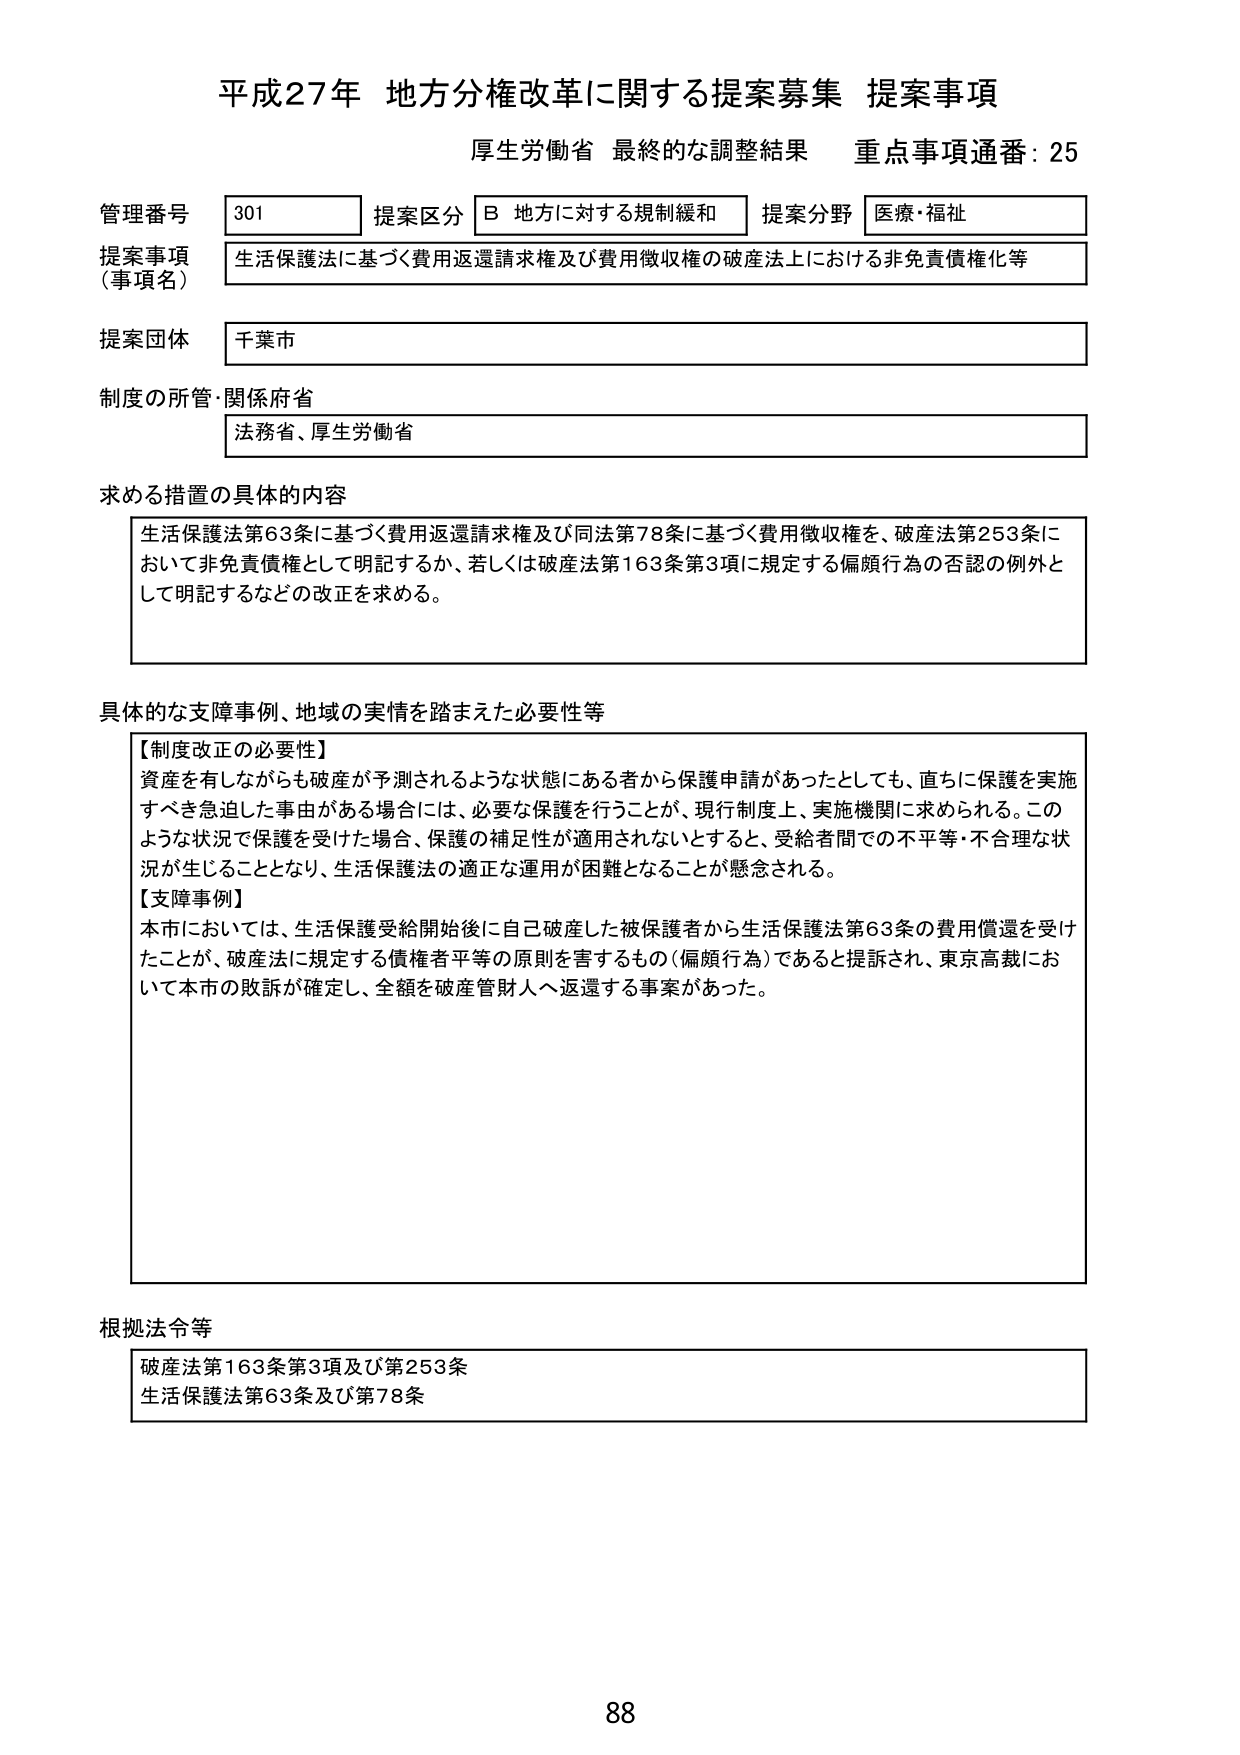
平成27年 地方分権改革に関する提案募集 提案事項
厚生労働省 最終的な調整結果 重点事項通番: 25

管理番号 301 提案区分 B 地方に対する規制緩和 提案分野 医療・福祉
提案事項（事項名） 生活保護法に基づく費用返還請求権及び費用徴収権の破産法上における非免責債権化等
提案団体 千葉市
制度の所管・関係府省 法務省、厚生労働省

求める措置の具体的内容
生活保護法第63条に基づく費用返還請求権及び同法第78条に基づく費用徴収権を、破産法第253条において非免責債権として明記するか、若しくは破産法第163条第3項に規定する偏頗行為の否認の例外として明記するなどの改正を求める。

具体的な支障事例、地域の実情を踏まえた必要性等
【制度改正の必要性】
資産を有しながらも破産が予測されるような状態にある者から保護申請があったとしても、直ちに保護を実施すべき急迫した事由がある場合には、必要な保護を行うことが、現行制度上、実施機関に求められる。このような状況で保護を受けた場合、保護の補足性が適用されないとすると、受給者間での不平等・不合理な状況が生じることとなり、生活保護法の適正な運用が困難となることが懸念される。
【支障事例】
本市においては、生活保護受給開始後に自己破産した被保護者から生活保護法第63条の費用償還を受けたことが、破産法に規定する債権者平等の原則を害するもの（偏頗行為）であると提訴され、東京高裁において本市の敗訴が確定し、全額を破産管財人へ返還する事案があった。

根拠法令等
破産法第163条第3項及び第253条
生活保護法第63条及び第78条

88